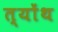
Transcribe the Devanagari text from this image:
त्योंथ